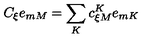
C _ { \xi } e _ { m M } = \sum _ { K } c _ { \xi M } ^ { K } e _ { m K }